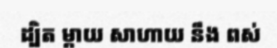
ដ្បិត ម្តាយ សាហាយ នឹង ពស់